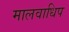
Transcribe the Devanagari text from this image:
मालवाधिप